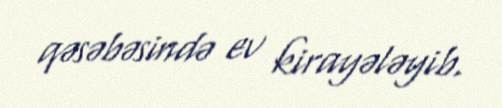
qəsəbəsində ev kirayələyib.